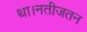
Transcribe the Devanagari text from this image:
था।नतीजतन